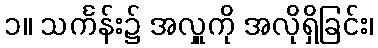
၁။ သင်္ကန်း၌ အလှူကို အလိုရှိခြင်း၊